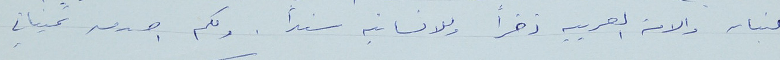
للبنان والامة العربيه ذخراً وللانسانيه سنداً. ولكم اصدق تمنياتي